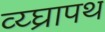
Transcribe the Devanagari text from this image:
व्य्घ्रापथ